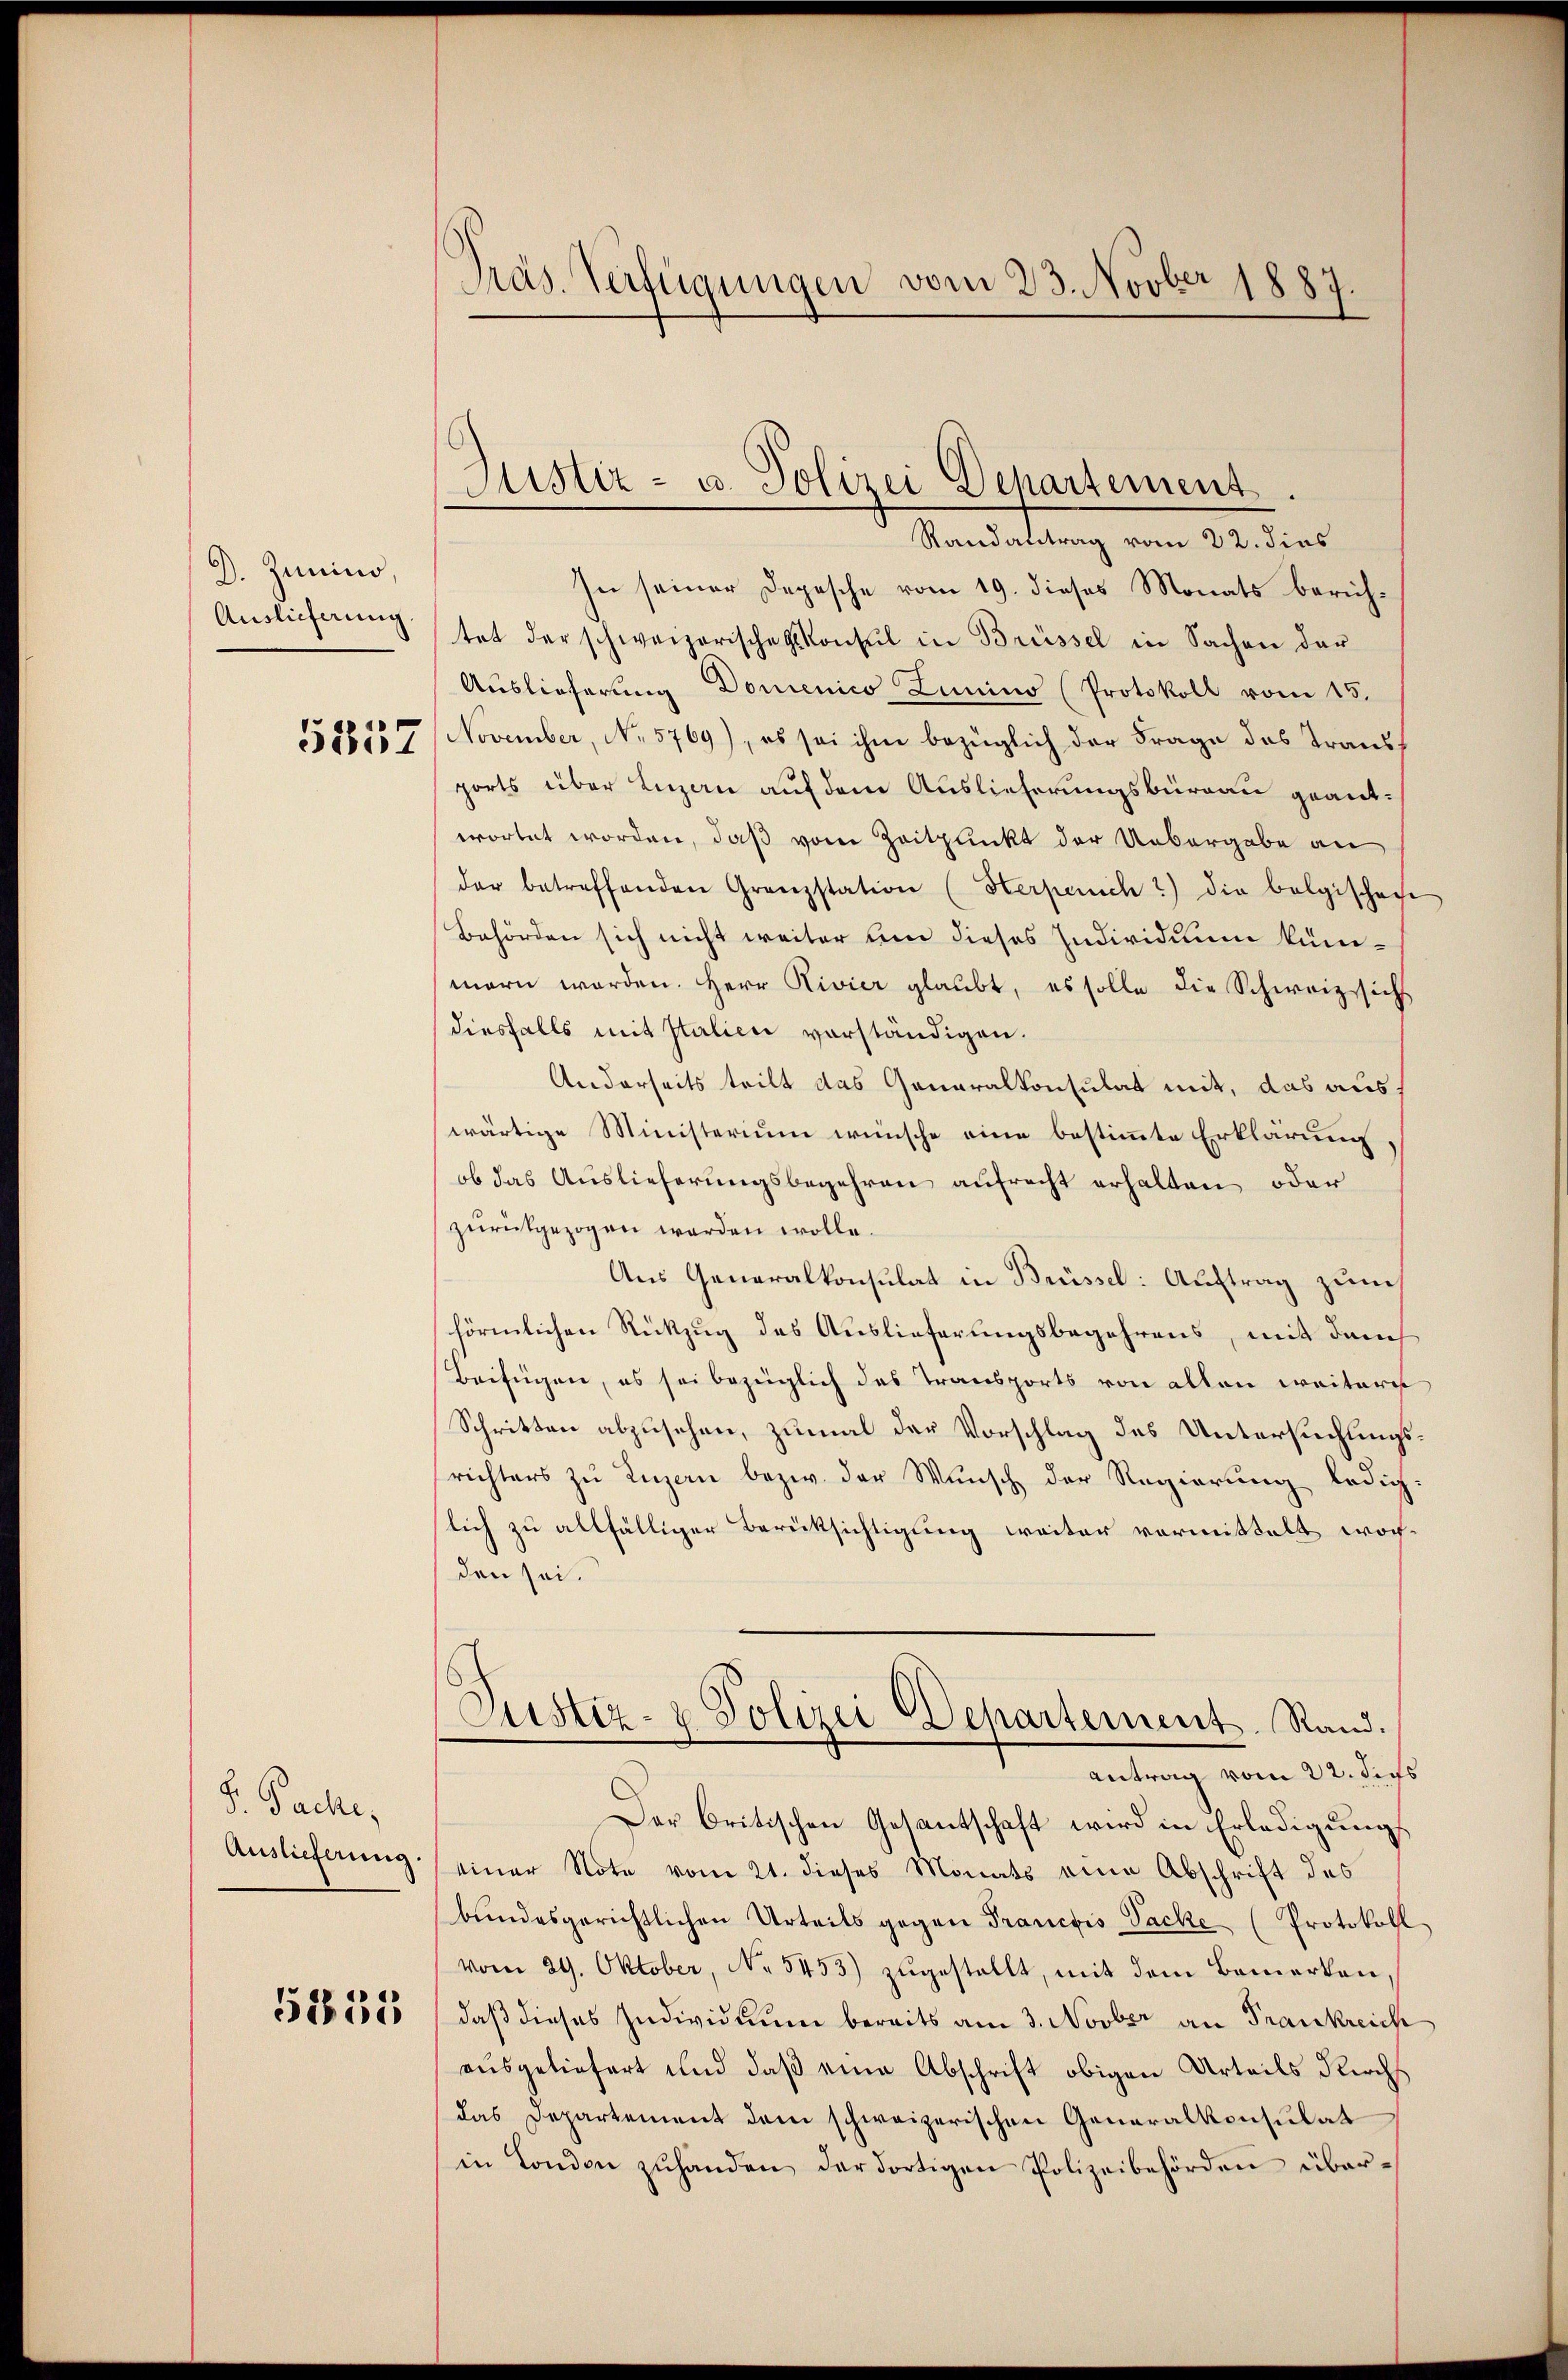
D. Zumino,
Auslieferung

5357

Sache,
Auslieferung

5235

Präs. Verfügungen vom 23. Novber 1887.

Justiz- u. Polizei Departement.
Randantrag vom 22. dies

In seiner Depesche vom 19. dieses Monats berichtet der schweizerische Konsul in Brüssel in Sachen der
Auslieferung Domenico Lumino (Protokoll vom 15.
November, No. 5769), es sei ihm bezüglich der Frage des Transports über Luzern auf dem Auslieferungsburgau geantwortet worden, daß vom Zeitpunkt der Uebergabe an
der betreffenden Grenzstation (Herpenicht) die belgischen
Behörden sich nicht weiter um dieses Individuum künmarn worden. Herr Rivier glaubt, es solle die Schweiz sich
diesfalls mit Italien vorständigen.
Anderseits teilt das Generalkonsulat mit, das auswärtige Ministerium wünsche eine bestimmte Erklärung,
ob das Auslieferungsbegehren aufrecht erhalten, oder
zurückgezogen werden wolle.
Aus Generalkonsulat in Brüssel: Auftrag zum
förmlichen Rückzug des Auslieferungsbegehrens, mit durch
Beifügen, es sei bezüglich das Transports von allen weitere
Schritten abzusehen, zumal der Vorschlag des Untersuchungsrichters zu Luzern bezw. der Wunsch der Regierung ledig-
lich zu allfälliger Berücksichtigung weiter vormittelt wochden sei.
Justiz- & Polizei Departement. Rand.
Antrag vom 22. dess
Der Critischen Gesantschaft wird in Erledigungs
einer Note vom 21. dieses Monats eine Abschrift des
bŭndesgerichtlichen Urteils gegen Franctis Packe (Protokoll
vom 29. Oktober, No 5453) zugestellt, mit dem Bemerken,
daß dieses Individuum bereits am 3. Novber an Frankreich
ausgeliefert und daß eine Abschrift obigen Urteils Kirchs
das Departement dem schweizerischen Generalkonsulat
in London zŭhanden der dortigen Polizeibehörden über¬